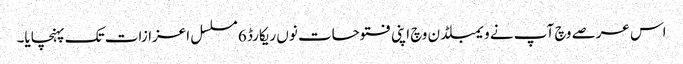
اس عرصے وچ آپ نے ویمبلڈن وچ اپنی فتوحات نو‏‏ں ریکارڈ 6 مسلسل اعزازات تک پہنچایا۔